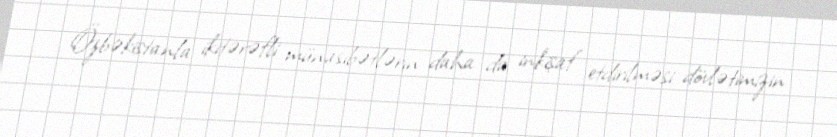
Özbəkistanla ikitərəfli münasibətlərin daha da inkişaf etdirilməsi dövlətimizin